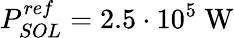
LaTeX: P_{SOL}^{ref}=2.5\cdot 10^{5}~\mathrm{W}